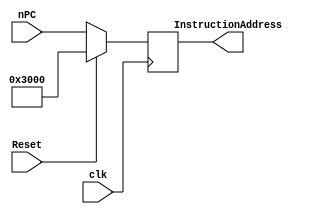
`timescale 1ns / 1ps
module pc(
           input clk,
           input Reset,
           input [31:0] nPC,
           output reg [31:0] InstructionAddress
       );

initial begin
    InstructionAddress <= 32'h00003000;
end

always @(posedge clk ) begin
    if (Reset) begin
        InstructionAddress <= 32'h00003000;
    end
    else begin
        InstructionAddress <= nPC;
    end
end

endmodule // pc